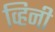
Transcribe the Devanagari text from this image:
व्हिनी